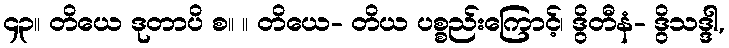
၄၃။ တိယေ ဒုတာပိ စ။ ။ တိယေ- တိယ ပစ္စည်းကြောင့်၊ ဒွိတီနံ- ဒွိသဒ္ဒါ,